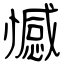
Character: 憾